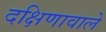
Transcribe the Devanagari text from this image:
दक्षिणावाले